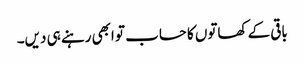
باقی کے کھاتوں کا حساب تو ابھی رہنے ہی دیں۔